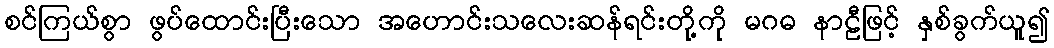
စင်ကြယ်စွာ ဖွပ်ထောင်းပြီးသော အဟောင်းသလေးဆန်ရင်းတို့ကို မဂဓ နာဠီဖြင့် နှစ်ခွက်ယူ၍